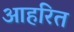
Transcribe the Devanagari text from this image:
आहरित